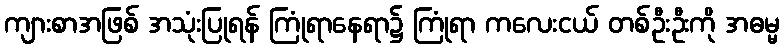
ကျားစာအဖြစ် အသုံးပြုရန် ကြုံရာနေရာ၌ ကြုံရာ ကလေးငယ် တစ်ဦးဦးကို အဓမ္မ